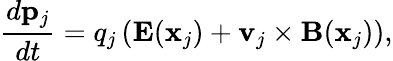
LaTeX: \frac{d\mathbf{p}_{j}}{dt}=q_{j}\left(\mathbf{E}(\mathbf{x}_{j})+\mathbf{v}_{j}\times\mathbf{B}(\mathbf{x}_{j})\right),